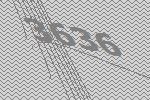
3636